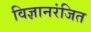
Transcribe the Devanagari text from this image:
विज्ञानरंजित